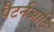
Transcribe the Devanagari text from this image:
पैटर्नआदि